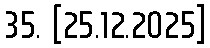
35. [25.12.2025]